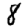
Digit: 8